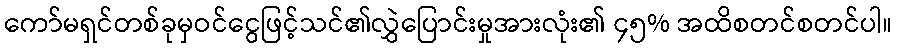
ကော်မရှင်တစ်ခုမှဝင်ငွေဖြင့်သင်၏လွှဲပြောင်းမှုအားလုံး၏ ၄၅% အထိစတင်စတင်ပါ။